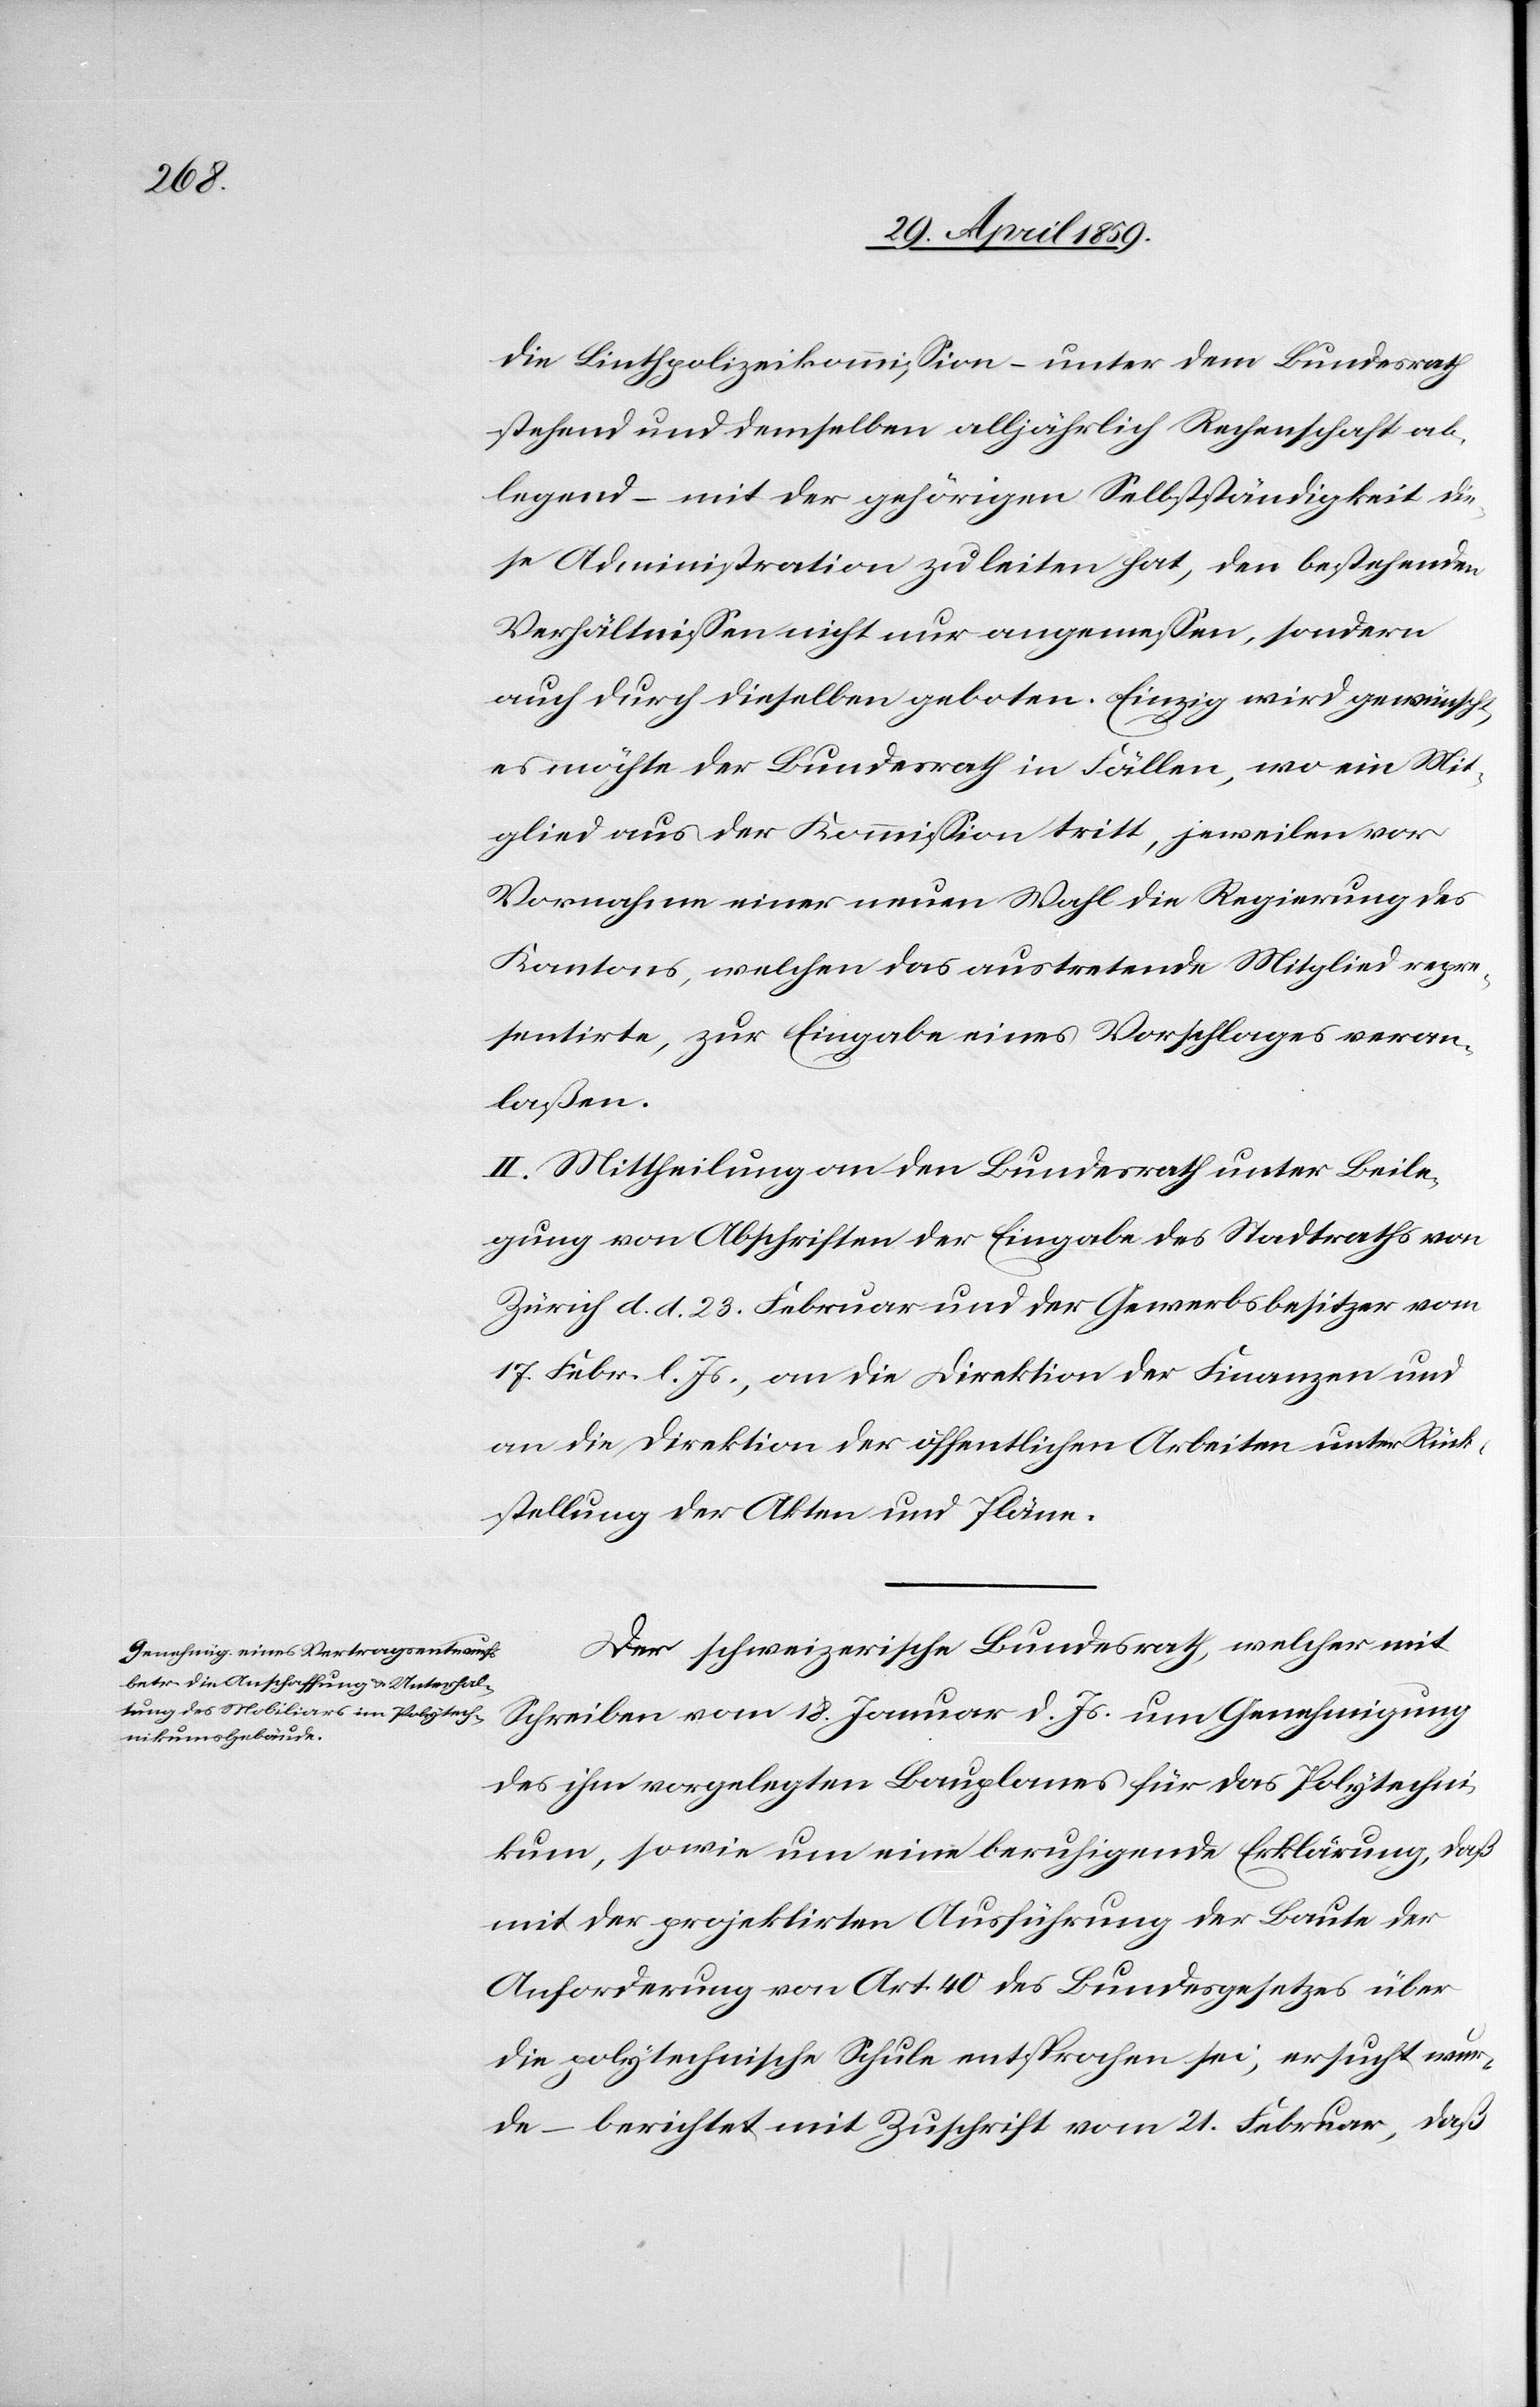
die Linthpolizeikommißion ( unter dem Bundesrath
stehend und demselben alljährlich Rechenschaft ab¬
legend ( mit der gehörigen Selbstständigkeit die¬
se Administration zu leiten hat, den bestehenden
Verhältnißen nicht nur angemeßen, sondern
auch durch dieselben geboten. Einzig wird gewünscht,
es möchte der Bundesrath in Fällen, wo ein Mit¬
glied aus der Kommißion tritt, jeweilen vor
Vornahme einer neuen Wahl die Regierung des
Kantons, welchen das austretende Mitglied repre¬
sentirte, zur Eingabe eines Vorschlages veran¬
laßen.
II. Mittheilung an den Bundesrath unter Beile¬
gung von Abschriften der Eingabe des Stadtraths von
23. Febr. l. Js., an die Direktion der Finanzen und
an die Direktion der öffentlichen Arbeiten unter Rück¬
stellung der Akten und Pläne.
Der schweizerische Bundesrath, welcher mit
Schreiben vom 18. Januar d. Js. um Genehmigung
des ihm vorgelegten Bauplanes für das Polytechni¬
kum, sowie um eine beruhigende Erklärung, daß
mit der projektirten Ausführung der Baute der
Anforderung von Art. 40 des Bundesgesetzes über
die polytechnische Schule entsprochen sei, ersucht wur¬
de ‒ berichtet mit Zuschrift vom 21. Februar, daß